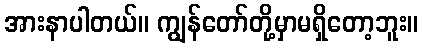
အားနာပါတယ်။ ကျွန်တော်တို့မှာမရှိတော့ဘူး။